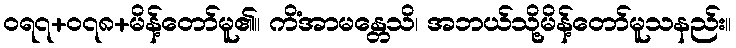
ဝရ၇+၀၇၈+မိန့်တော်မူ၏။ ကိံအာမန္တေသိ၊ အဘယ်သို့မိန့်တော်မူသနည်း။